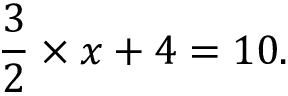
{ \frac { 3 } { 2 } } \times x + 4 = 1 0 .